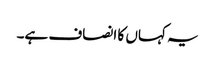
یہ کہاں کا انصاف ہے۔